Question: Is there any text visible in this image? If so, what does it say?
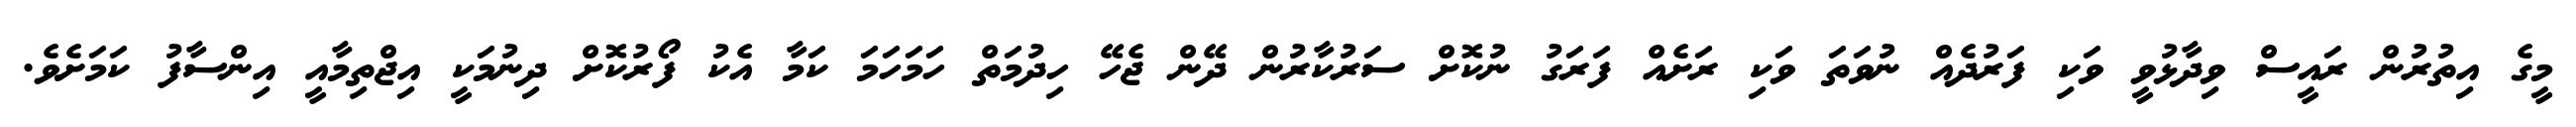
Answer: މީގެ އިތުރުން ރައީސް ވިދާޅުވީ ވަކި ފަރުދެއް ނުވަތަ ވަކި ރަށެއް ފަރަގު ނުކޮށް ސަރުކާރުން ދޭން ޖެހޭ ހިދުމަތް ހަމަހަމަ ކަމާ އެކު ފޯރުކޮށް ދިނުމަކީ އިޖްތިމާއީ އިންސާފު ކަމަށެވެ.